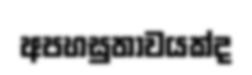
අපහසුතාවයක්ද